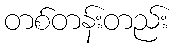
တစ်တန်းတည်း